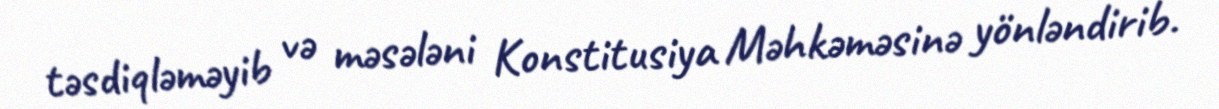
təsdiqləməyib və məsələni Konstitusiya Məhkəməsinə yönləndirib.